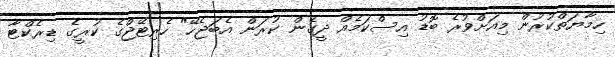
ހިމާޔަތްކުރުން މިއަށްވުރެ ބޮޑު އިސްކަމެއް ދީގެން ކުރަން އެބަޖެހޭ" ހެރިޓޭޖްގެ ކުރީގެ ޑިރެކްޓާ